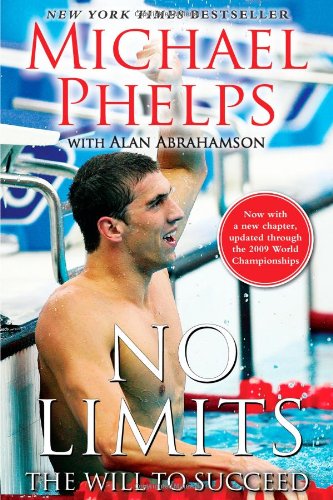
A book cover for No Limits: The Will to Succeed; Michael Phelps; Sports & Outdoors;